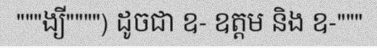
"""ង្យី"""") ដូចជា ឧ- ឧត្តម និង ឧ-"""